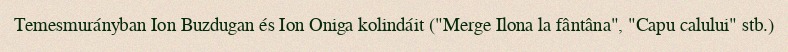
Temesmurányban Ion Buzdugan és Ion Oniga kolindáit ("Merge Ilona la fântâna", "Capu calului" stb.)